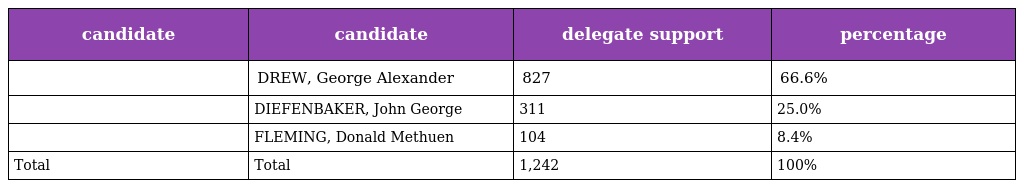
| candidate | candidate | delegate support | percentage |
 | --- | --- | --- | --- |
 |  | DREW, George Alexander | 827 | 66.6% |
 |  | DIEFENBAKER, John George | 311 | 25.0% |
 |  | FLEMING, Donald Methuen | 104 | 8.4% |
 | Total | Total | 1,242 | 100% |